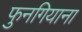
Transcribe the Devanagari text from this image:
फुनगियाना